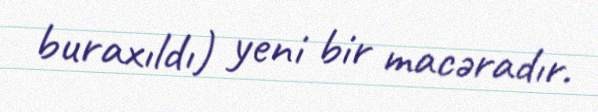
buraxıldı) yeni bir macəradır.